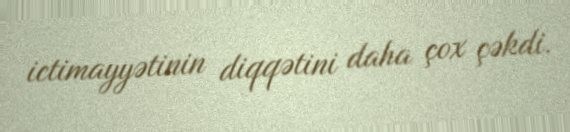
ictimayyətinin diqqətini daha çox çəkdi.